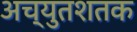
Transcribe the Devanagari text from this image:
अच्युतशतक